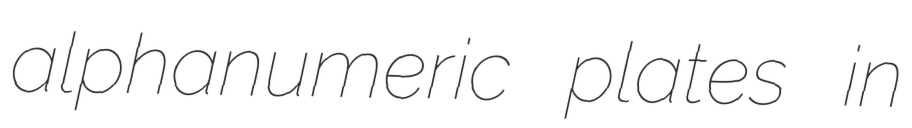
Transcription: alphanumeric plates in